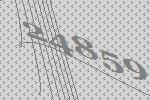
24859